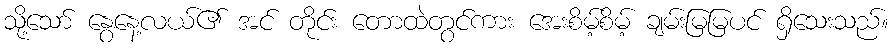
သို့သော် နွေနေ့လယ်၏ အင် တိုင်း တောထဲတွင်ကား အေးစိမ့်စိမ့် ချမ်းမြမြပင် ရှိသေးသည်။